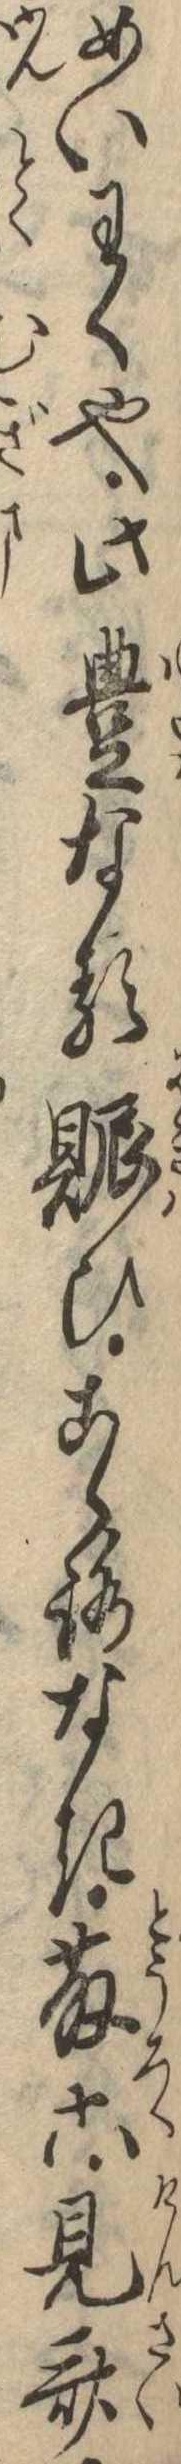
めいわく也此豊なる賑ひこゝろなき藤六見斎